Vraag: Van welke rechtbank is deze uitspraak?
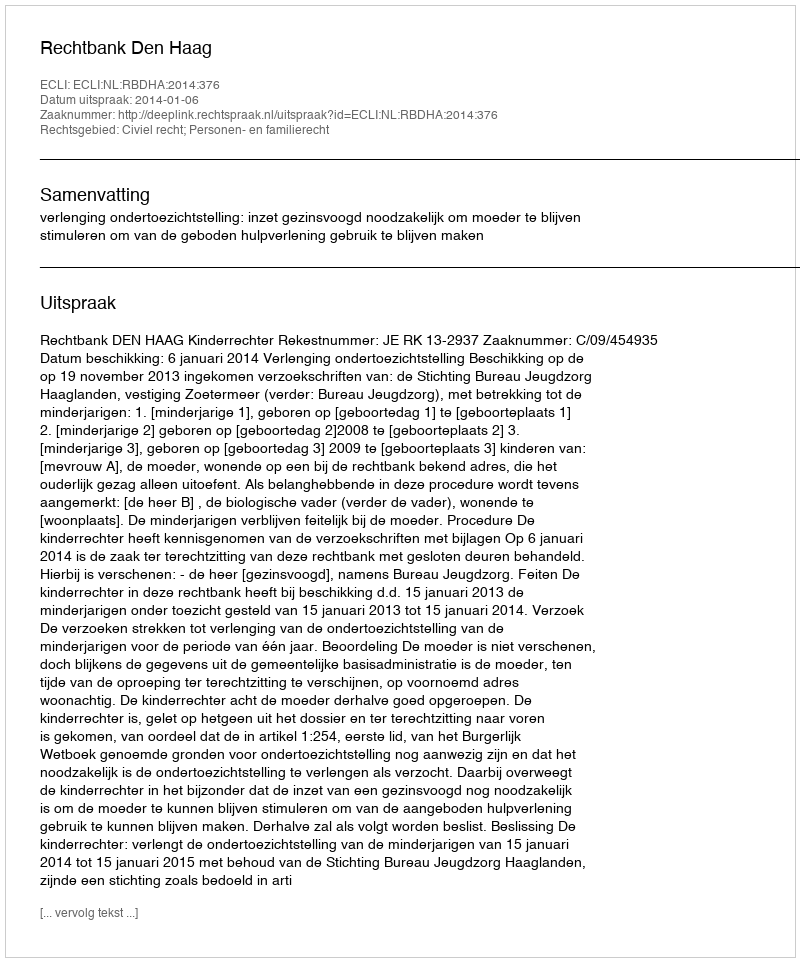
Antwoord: Rechtbank Den Haag